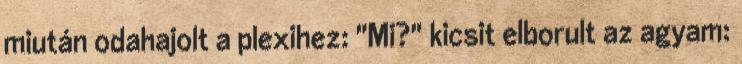
miután odahajolt a plexihez: "Mi?" kicsit elborult az agyam: